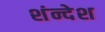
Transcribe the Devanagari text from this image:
शंन्देश